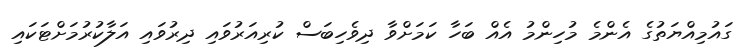
ގައުމިއްޔަތުގެ އެންމެ މުހިންމު އެއް ބަހާ ކަމަށްވާ ދިވެހިބަސް ކުރިއަރުވައި ދިރުވައި އަލާކުރުމަށްޓަކައި